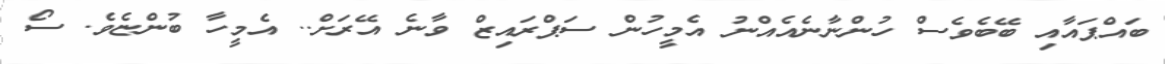
ބައްޕައާއި ބޭބެވެސް ހުންނާނެއެއްނު އެމީހުން ސަޕްރައިޒް ވާނެ އޭރަށް.. އެމީހާ ބުންޏެވެ. ސޯ